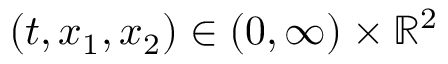
( t , x _ { 1 } , x _ { 2 } ) \in ( 0 , \infty ) \times \mathbb { R } ^ { 2 }